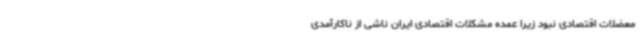
معضلات اقتصادی نبود زیرا عمده مشکلات اقتصادی ایران ناشی از ناکارآمدی